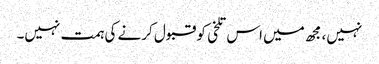
نہیں، مجھ میں اس تلخی کو قبول کرنے کی ہمت نہیں۔